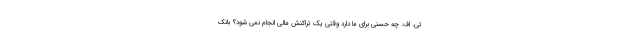
تی. اف. چه حسنی برای ما دارد وقتی یک تراکنش مالی انجام نمی شود؟ بانک